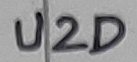
Text: U2D